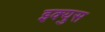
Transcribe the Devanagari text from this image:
इक्युस